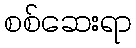
စစ်ဆေးရာ